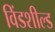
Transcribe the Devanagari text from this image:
विंडशील्‍ड